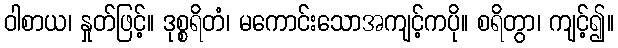
ဝါစာယ၊ နှုတ်ဖြင့်။ ဒုစ္စရိတံ၊ မကောင်းသောအကျင့်ကပို။ စရိတွာ၊ ကျင့်၍။